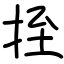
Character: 挃